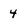
Character: 4